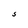
Character: S